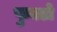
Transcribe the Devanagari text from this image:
फुक्टो